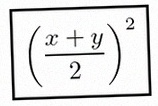
\left(\frac{x+y}{2}\right)^2